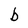
Character: b